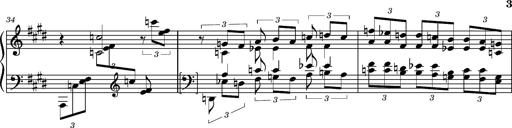
Title: PrÃ©ludes et Harmonies poÃ©tiques et religieuses
Composer: Franz Liszt